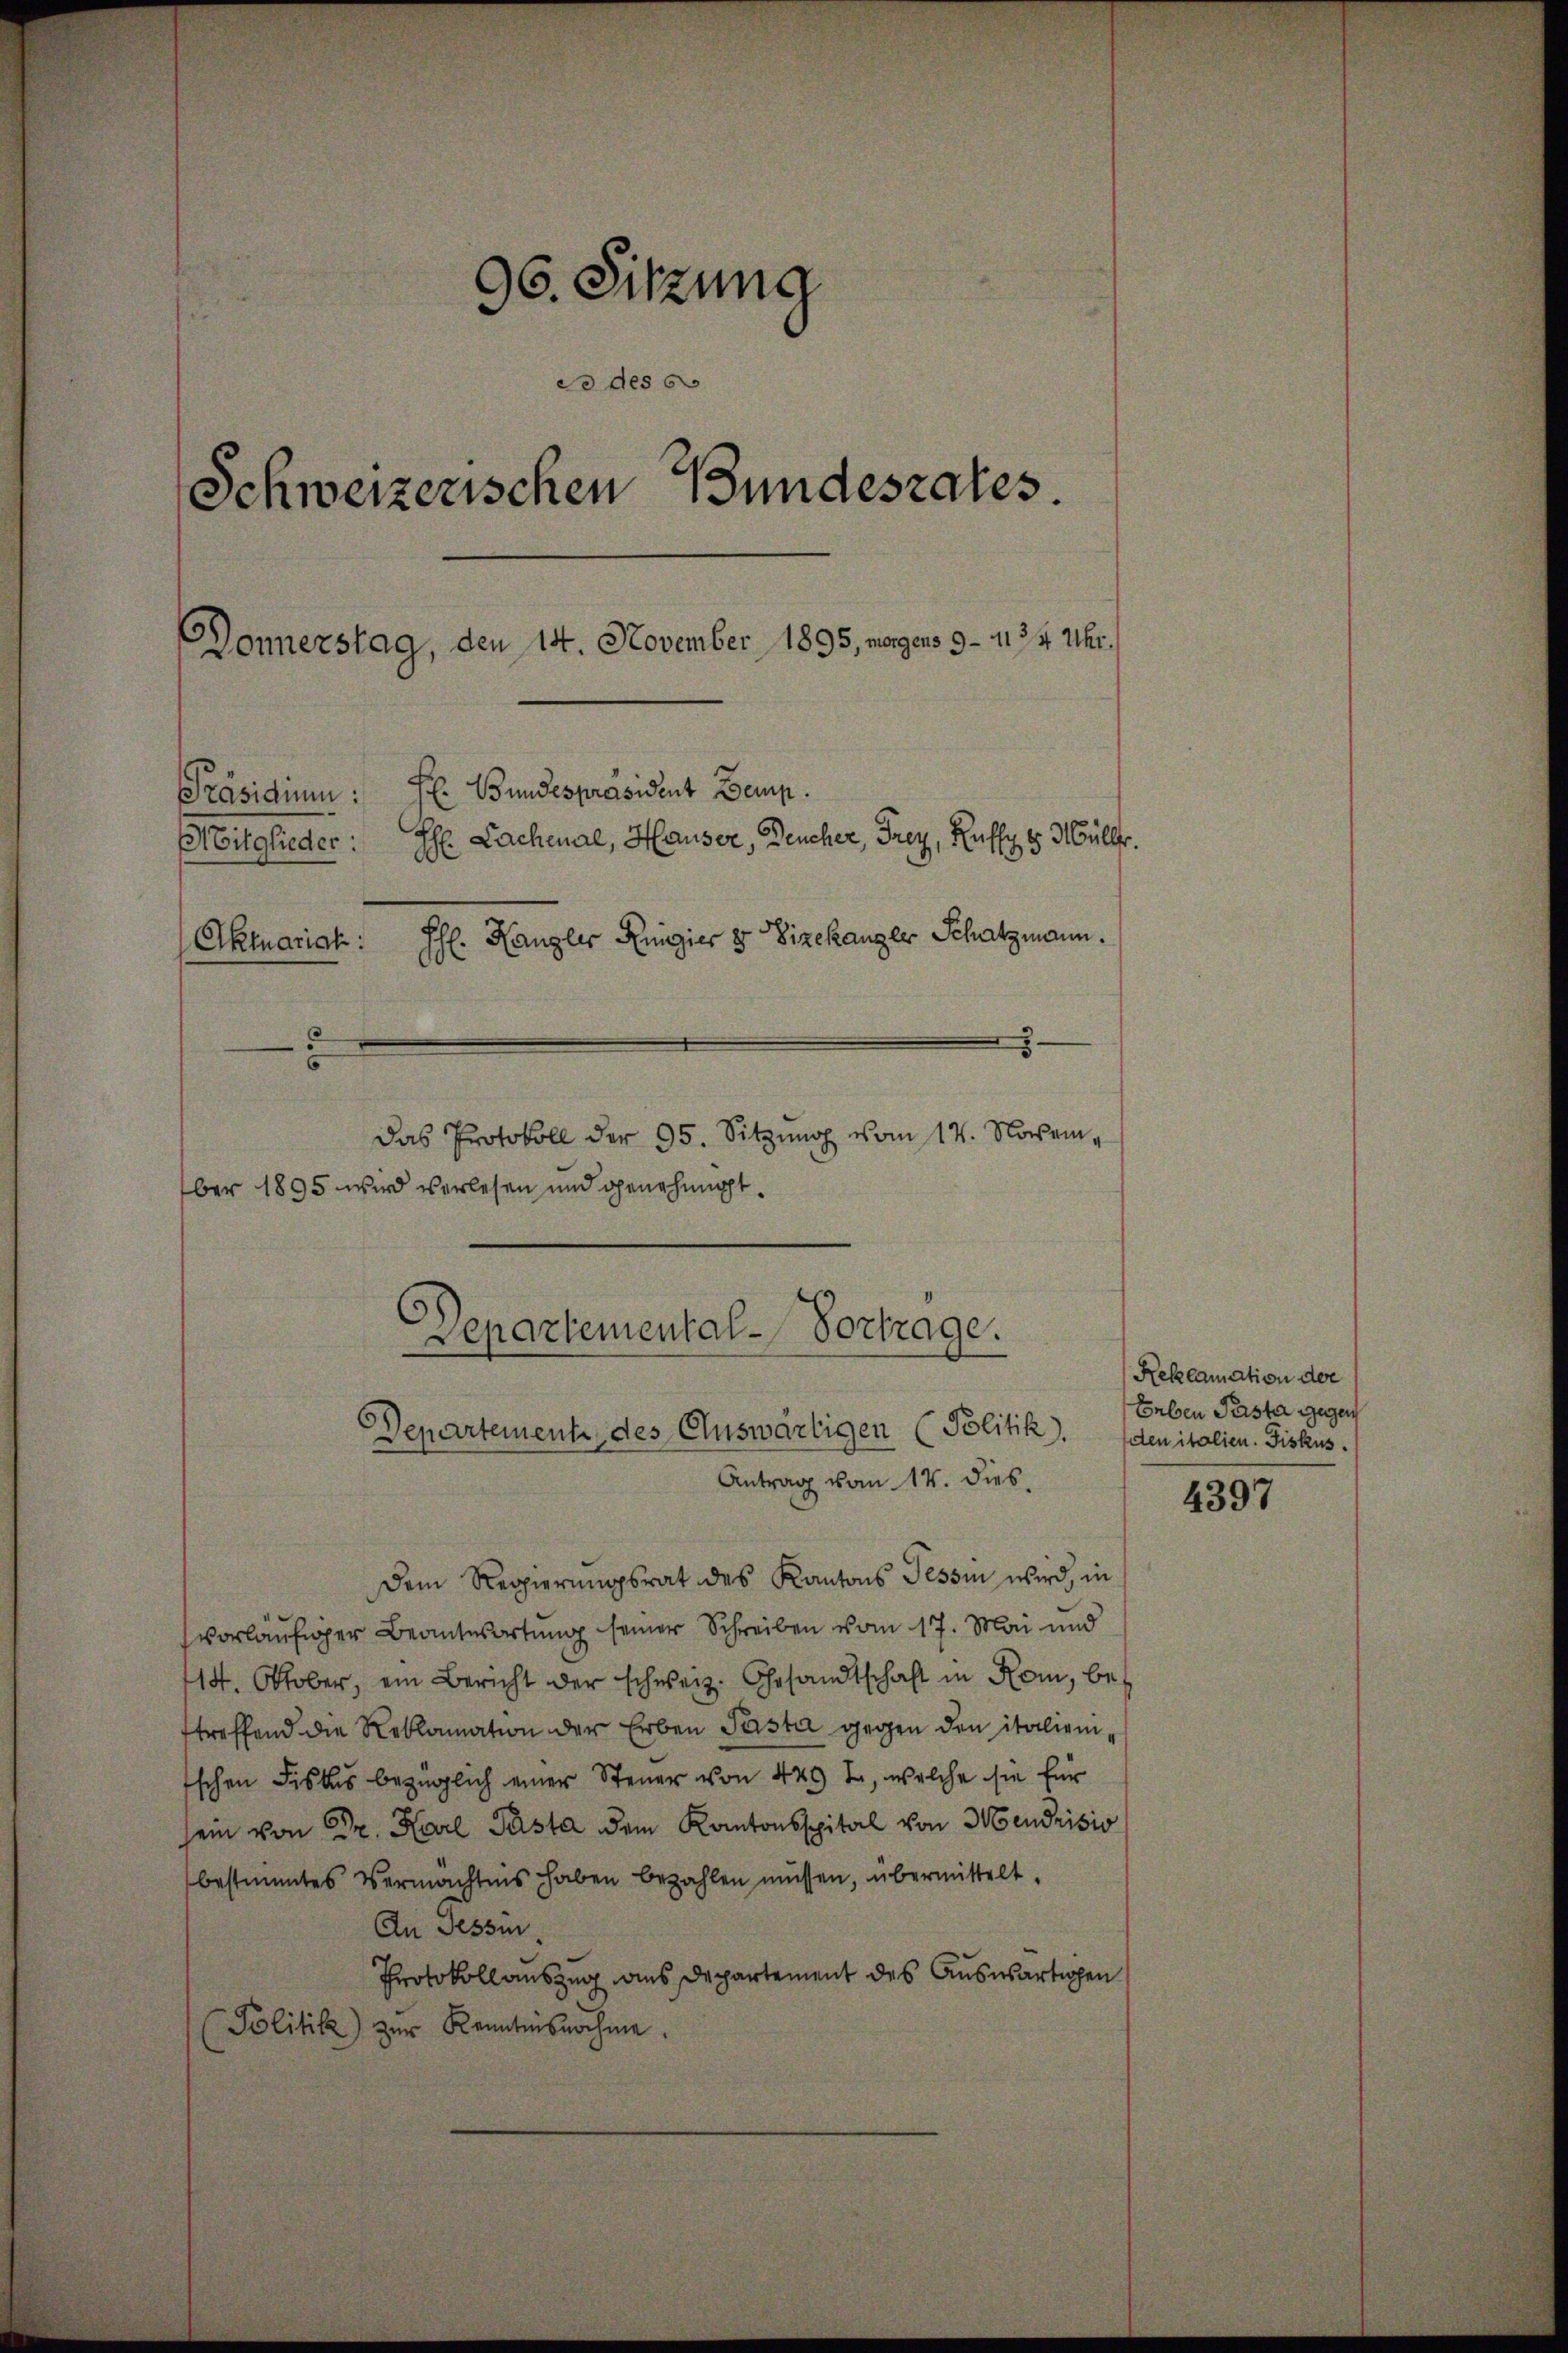
96. Sitzung
do des c
Schweizerischen Bundesrates.
Donnerstag, den 14. November 1895, morgens 9 - 1124 Uhr.
Präsidium: F. Bundespräsident Bemp.
Mitglieder: H. Lachenal, Hauser, Deucher, Frey, Raffy 8. Mülle.
Jh. Hangler Regier 8 Vizekanzer Schatzmann.
Aktuariak:
2
e
3
Das Protokoll der 95. Sitzung vom 14. November 1895 wird verlesen und genehmigt.

Departemental-Vortrage.
Departement des Auswärtigen (Politik.
Antrag vom 14. dies

Dem Regierungsrat des Kantons Tessin wird, in
vorläufiger Beantwortung seiner Schreiben vom 17. Mai und
14. Oktober, ein Bericht der schweiz. Gesandtschaft in Rom, betreffend die Reklamation der Erben Pasta gegen den italienschen Fiskus bezüglich einer Steuer von 44 J., welche sie für
sein von Dr. Karl Pista dem Kantonsspital von Mendrisio
bestimmtes Vermächtens haben bezahlen müssen, übermittelt.
An Tessin,
Protokollauszug aus Departement des Auswärtigen
Politik) zŭr Kenntnisnahme.

Reklamation der
Erben Perste gegen
den italien. Fiskus.

4397